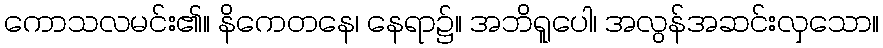
ကောသလမင်း၏။ နိကေတနေ၊ နေရာ၌။ အဘိရူပေါ၊ အလွန်အဆင်းလှသော။